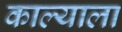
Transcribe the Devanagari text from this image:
काल्याला